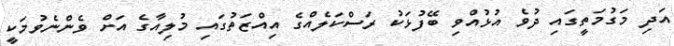
އަދި މަގުމަތީގައި ދުވެ އުޅުއްވި ބޭފުޅަކު ރަސްކަލެއްގެ އިއްޒަތުގައި މުލިއާގެ އަށް ވެންނެވުމަކީ